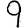
Digit: 9